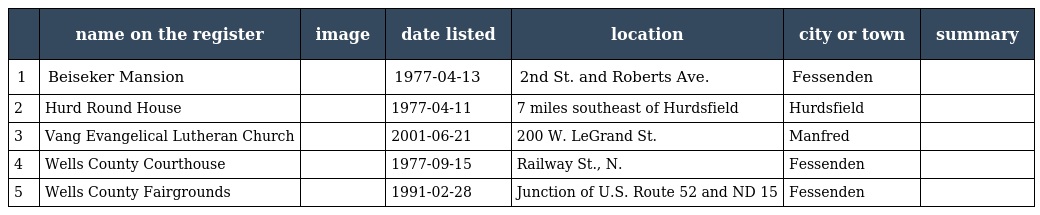
|  | name on the register | image | date listed | location | city or town | summary |
 | --- | --- | --- | --- | --- | --- | --- |
 | 1 | Beiseker Mansion |  | 1977-04-13 | 2nd St. and Roberts Ave. | Fessenden |  |
 | 2 | Hurd Round House |  | 1977-04-11 | 7 miles southeast of Hurdsfield | Hurdsfield |  |
 | 3 | Vang Evangelical Lutheran Church |  | 2001-06-21 | 200 W. LeGrand St. | Manfred |  |
 | 4 | Wells County Courthouse |  | 1977-09-15 | Railway St., N. | Fessenden |  |
 | 5 | Wells County Fairgrounds |  | 1991-02-28 | Junction of U.S. Route 52 and ND 15 | Fessenden |  |